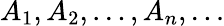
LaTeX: A_{1},A_{2},\dots,A_{n},\dots